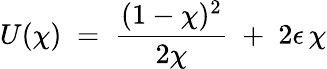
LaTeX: U(\chi)\; =\; \frac{(1-\chi)^{2}}{2\chi}\; +\; 2\epsilon\, \chi